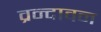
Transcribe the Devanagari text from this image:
व्रन्दावन